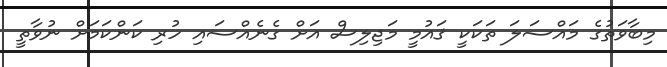
މިބާވަތުގެ މައްސަލަ ތަކަކީ ޤައުމީ މަޖިލިސް އަށް ގެނެއްސައި ހުރި ކަންކަމަށް ނުވާތީ